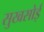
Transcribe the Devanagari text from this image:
सुखसोई